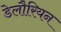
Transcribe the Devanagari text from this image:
डेलौरियन